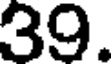
39.